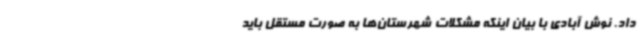
داد. نوش آبادی با بیان اینکه مشکلات شهرستان‌ها به صورت مستقل باید